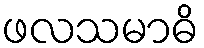
ဖလသမာဓိ